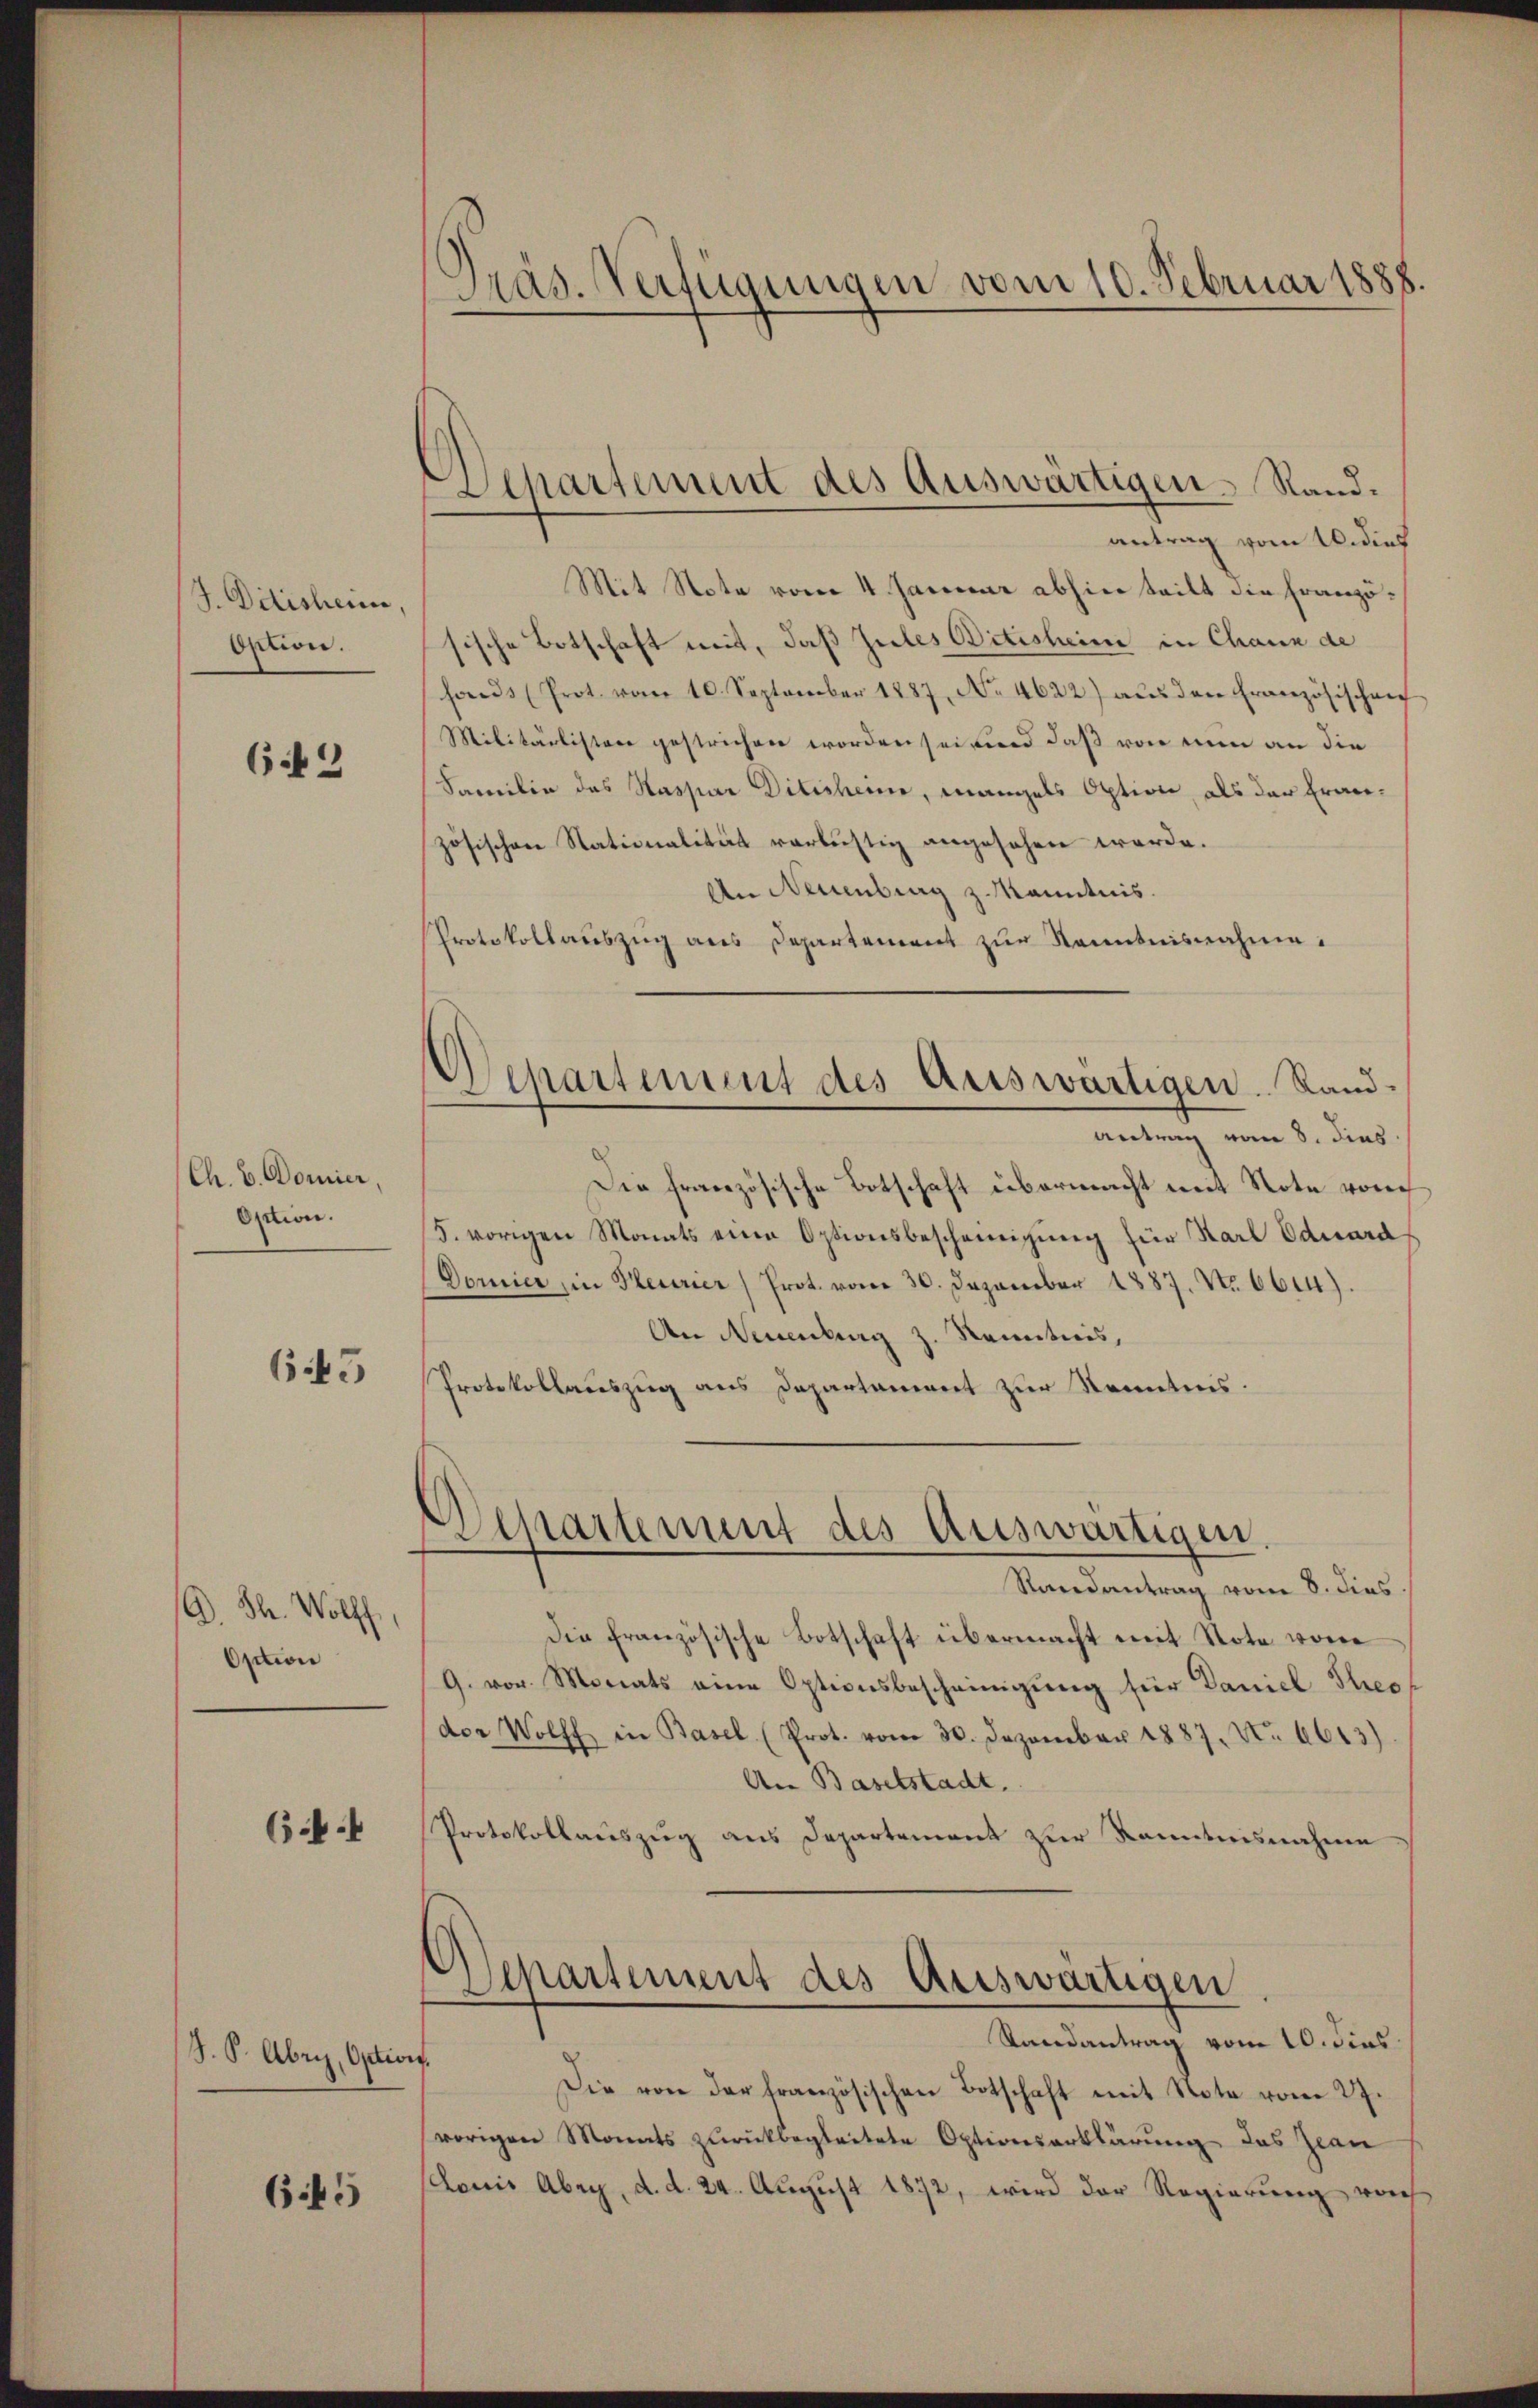
J. Dätischeine,
Option.

6.42

Ch. b. Domier,
Oction.

665

A. Th. Wolff
Option

6.4.

S. S. Übrig, Ottior

645

Präs. Verfügungen vom 10. Februar 1888

Departement des Auswärtigen. Sand¬

Separtement des Auswärtigen. Land¬

antrag vom 16. dies
Mit Note vom 4. Januar abhin teilt die Französische Botschaft mit, daß Zules Bitisheim in Chann de
haŭs (Prot. vom 10. September 1887, No. 4622) aŭs den Französischen
Militärlisten gestrichen worden sei und daß von nun an die
Samilie das Kaspar Ditishene, mangels Option, als der Französischen Nationalität verlustig angesehen werde.
An Neuenburg z. Kanntnis.
Protokollauszug aus Departement zur Kenntnisnahme.
Antrag vom 8. dies
Die französische Botschaft übermacht mit Note von
S. vorigen Monats eine Optionsbescheinigung für Karl Eduard
Dorier, in Perrier, Prot. vom 30. Dezember 1887. No. 6614).
An Neuenburg z. Kenntnis,
Protokollauszug aus Departament zur Kenntnis.
Departement des Auswärtigen
Randantrag vom 8. dies
Die französische Botschaft übermacht mit Note von
9. vor. Monats eine Optionsbescheinigung für Daniel Theo
(der Wolff in Basel (Prot. vom 30. Dezember 1887, No 6613)
An Baselstadt.
Protokollauszug aus Departement zur Kenntnisnahme
Departement des Auswärtigen
Randantrag vom 10. dies
¬
Die von der französischen Botschaft mit Note vom 27.
vorigen Monats zŭrückbegleitete Optionserklärung das Zwan
owis Abri, d. d. 24. August 1872, wird der Regierung vorh